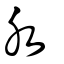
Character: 水